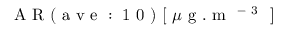
\mathrm { ~ A ~ R ~ ( ~ a ~ v ~ e ~ : ~ 1 ~ 0 ~ ) ~ [ ~ } \mu \mathrm { ~ g ~ . ~ m ~ } ^ { \mathrm { ~ - ~ 3 ~ } } \mathrm { ~ ] ~ }